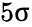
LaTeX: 5\upsigma